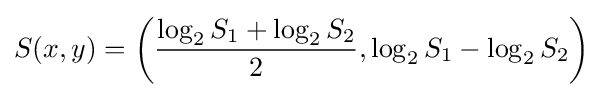
S(x,y)=\left({\frac {\log _{2}S_{1}+\log _{2}S_{2}}{2}},\log _{2}S_{1}-\log _{2}S_{2}\right)